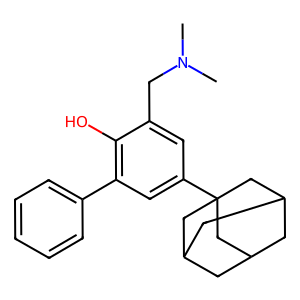
SMILES: CN(C)Cc1cc(C23CC4CC(CC(C4)C2)C3)cc(-c2ccccc2)c1O
Inhibits HIV replication: No